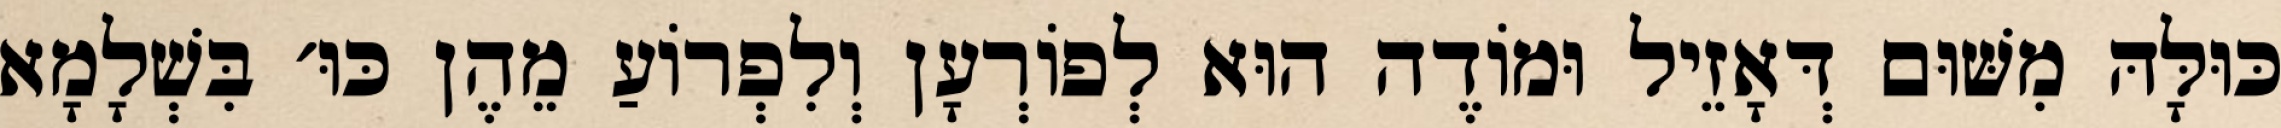
כּוּלָּהּ מִשּׁוּם דְּאָזֵיל וּמוֹדֶה הוּא לְפוֹרְעָן וְלִפְרוֹעַ מֵהֶן כּוּ׳ בִּשְׁלָמָא